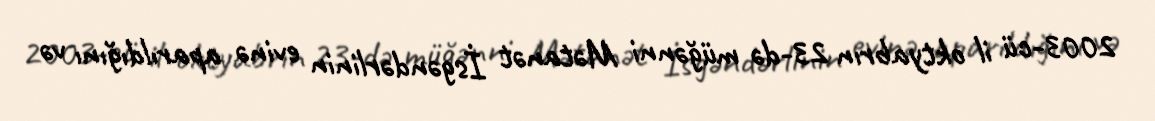
2003-cü il oktyabrın 23-də müğənni Mətanət İsgəndərlinin evinə aparıldığını və